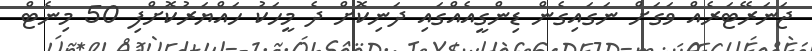
ޖަނަރޭޓަރެއް ވަގަށް ނަގައިގެން ޑިންގީއެއްގައި ދަނިކޮށް ދެ މީހަކު ހައްޔަރުކޮށްފި 50 މިނެޓް